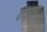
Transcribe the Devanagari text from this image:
पाठाचा